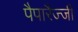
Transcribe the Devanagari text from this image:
पैपारैज्जी